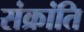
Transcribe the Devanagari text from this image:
संक्रांति